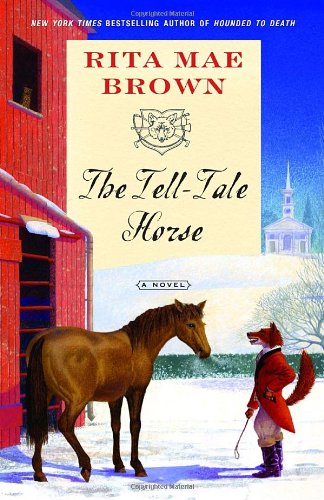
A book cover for The Tell-Tale Horse: A Novel ("Sister" Jane); Rita Mae Brown; Literature & Fiction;